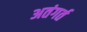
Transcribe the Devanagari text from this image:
अतंगर्त